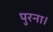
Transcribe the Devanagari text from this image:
पुरना।